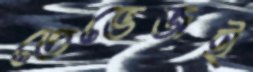
তেভেজই